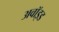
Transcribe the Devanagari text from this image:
अवॉइड